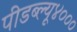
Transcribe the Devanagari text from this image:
पीडब्ल्यू४०००